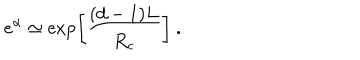
LaTeX: e ^ { \alpha } \simeq \exp \left[ \frac { ( d - 1 ) L } { R _ { c } } \right] \ .